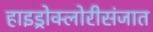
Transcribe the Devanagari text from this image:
हाइड्रोक्लोरीसंजात